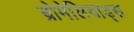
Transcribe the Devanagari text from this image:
ब्रोमेलियाड्स